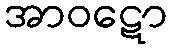
အာဝဋော